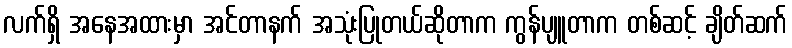
လက်ရှိ အနေအထားမှာ အင်တာနက် အသုံးပြုတယ်ဆိုတာက ကွန်ပျူတာက တစ်ဆင့် ချိတ်ဆက်